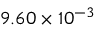
9 . 6 0 \times 1 0 ^ { - 3 }